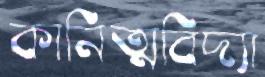
কানিত্মবিদ্যা